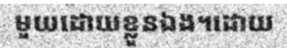
មួយដោយខ្លួនឯង។ដោយ